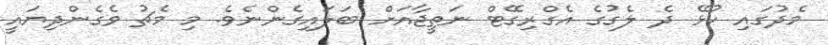
މެދުގައި ކުޅޭ ދެ ލެގުގެ އެގްރިގޭޓް ނަތީޖާއަށް ބަލައިގެންނެވެ. މި މެޗު ވެގެންދިޔައީ